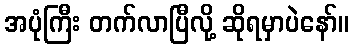
အပုံကြီး တက်လာပြီလို့ ဆိုရမှာပဲနော်။